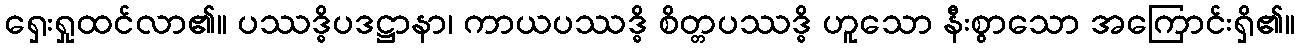
ရှေးရှုထင်လာ၏။ ပဿဒ္ဓိပဒဋ္ဌာနာ၊ ကာယပဿဒ္ဓိ စိတ္တပဿဒ္ဓိ ဟူသော နီးစွာသော အကြောင်းရှိ၏။